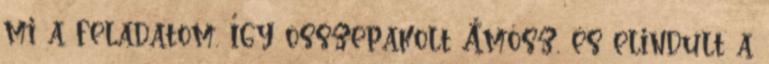
mi a feladatom. Így összepakolt Ámósz, és elindult a